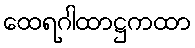
ထေရဂါထာဋ္ဌကထာ